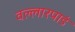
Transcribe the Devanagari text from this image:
वल्लारपाडं